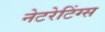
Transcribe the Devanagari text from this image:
नेटरेटिंग्स